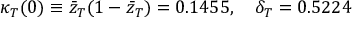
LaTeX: \kappa _ { T } ( 0 ) \equiv { \bar { z } } _ { T } ( 1 - { \bar { z } } _ { T } ) = 0 . 1 4 5 5 , \quad \delta _ { T } = 0 . 5 2 2 4